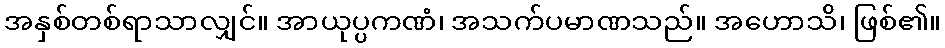
အနှစ်တစ်ရာသာလျှင်။ အာယုပ္ပကဏံ၊ အသက်ပမာဏသည်။ အဟောသိ၊ ဖြစ်၏။